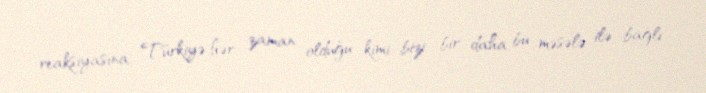
reaksiyasına, Türkiyə hər zaman olduğu kimi, bizi bir daha bu məsələ ilə bağlı